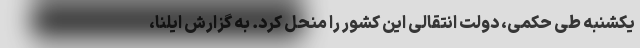
یکشنبه طی حکمی، دولت انتقالی این کشور را منحل کرد. به گزارش ایلنا،